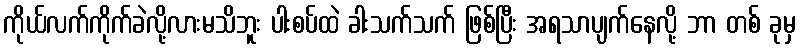
ကိုယ်လက်ကိုက်ခဲလို့လားမသိဘူး ပါးစပ်ထဲ ခါးသက်သက် ဖြစ်ပြီး အရသာပျက်နေလို့ ဘာ တစ် ခုမှ